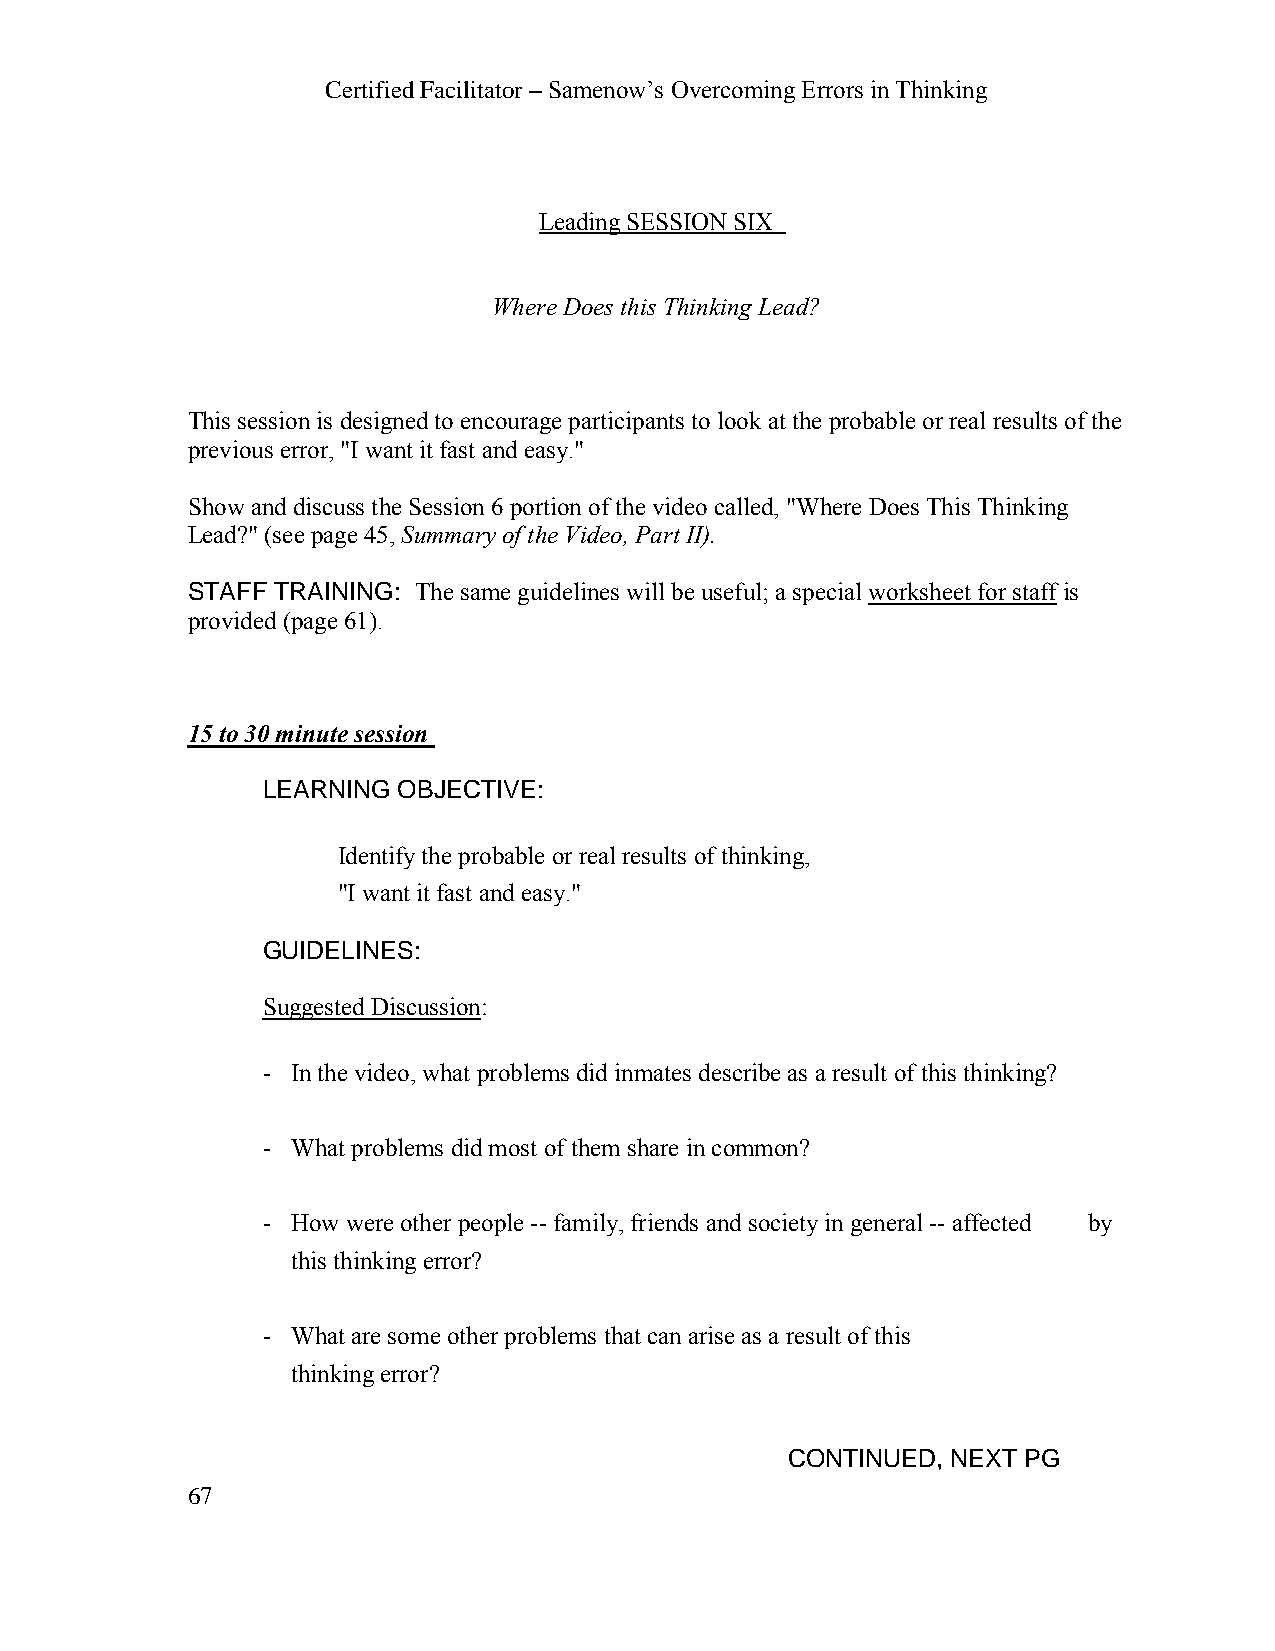
Certified Facilitator – Samenow’s Overcoming Errors in Thinking
 Leading SESSION SIX
 Where Does this Thinking Lead?
 This session is designed to encourage participants to look at the probable or real results of the
 previous error, "I want it fast and easy."
 Show and discuss the Session 6 portion of the video called, "Where Does This Thinking
 Lead?" (see page 45, Summary of the Video, Part II).
 STAFF TRAINING: The same guidelines will be useful; a special worksheet for staff is
 provided (page 61).
 15 to 30 minute session
 LEARNING OBJECTIVE:
 Identify the probable or real results of thinking,
 "I want it fast and easy."
 GUIDELINES:
 Suggested Discussion:
 - In the video, what problems did inmates describe as a result of this thinking?
 - What problems did most of them share in common?
 - How were other people -- family, friends and society in general -- affected by
 this thinking error?
 - What are some other problems that can arise as a result of this
 thinking error?
 CONTINUED, NEXT PG
 67